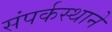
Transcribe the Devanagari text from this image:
संपर्कस्थाने